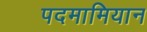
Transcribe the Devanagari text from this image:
पदमामियान